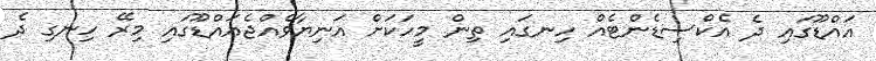
އައްޑޫގައި ދެ އެކްސިޑެންޓެއް ހިނގައި ތިން މީހަކަށް އަނިޔާވެއްޖެއައްޑޫގައި މިރޭ ހިނގި ދެ